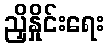
ညှိနှိုင်းရေး